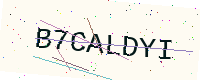
Text: B7CALDYI